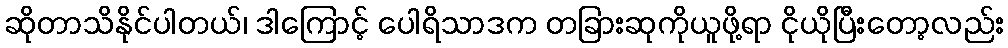
ဆိုတာသိနိုင်ပါတယ်၊ ဒါကြောင့် ပေါရိသာဒက တခြားဆုကိုယူဖို့ရာ ငိုယိုပြီးတော့လည်း